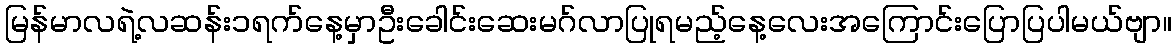
မြန်မာလရဲ့လဆန်း၁ရက်နေ့မှာဦးခေါင်းဆေးမဂ်လာပြုရမည့်နေ့လေးအကြောင်းပြောပြပါမယ်ဗျာ။